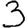
Digit: 3